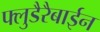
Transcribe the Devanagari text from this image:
फ्लुडैरैबाईन